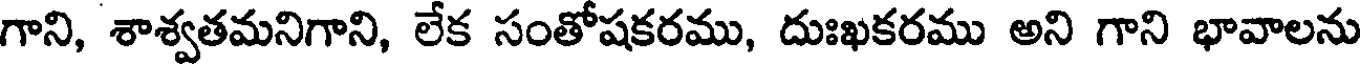
గాని, శాశ్వతమనిగాని, లేక సంతోషకరము, దుఃఖకరము అని గాని భావాలను